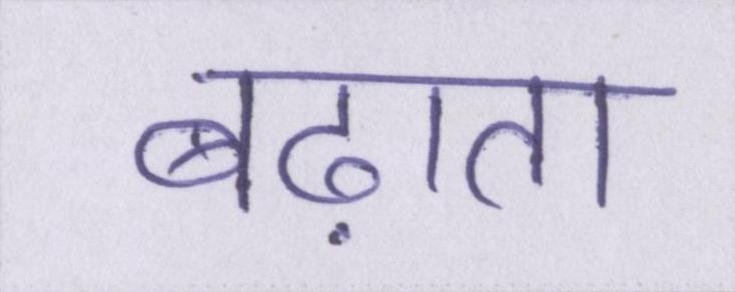
बढ़ाता